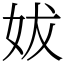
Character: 妭